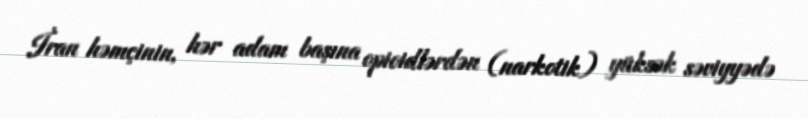
İran həmçinin, hər adam başına opioidlərdən (narkotik) yüksək səviyyədə